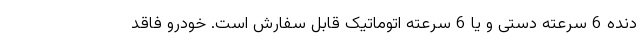
دنده 6 سرعته دستی و یا 6 سرعته اتوماتیک قابل سفارش است. خودرو فاقد